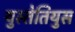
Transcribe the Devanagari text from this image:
युस्तेतियुस